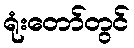
ရုံးတော်တွင်